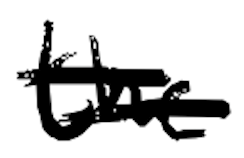
Text: the
Cross-out: double-line
Writing tool: digital_black